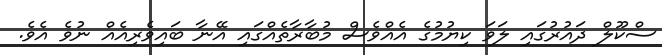
ސްކޫލް ދައުރުގައި ލަވަ ކިޔުމުގެ އެއްވެސް މުބާރާތެއްގައި އޭނާ ބައިވެރިއެއް ނުވެ އެވެ.